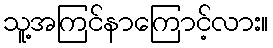
သူ့အကြင်နာကြောင့်လား။